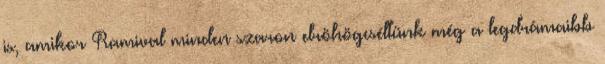
is, amikor Ramival minden szaron elröhögcséltünk még a legdrámaibb